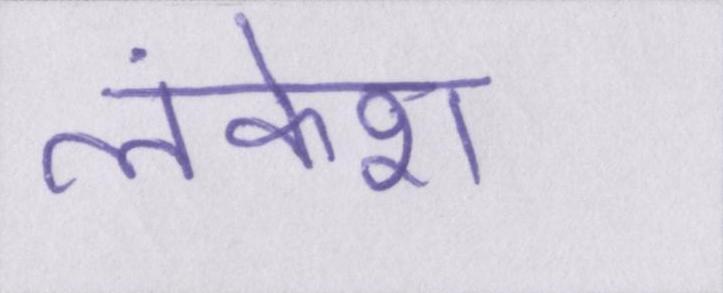
लंकेश